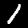
Digit: 1